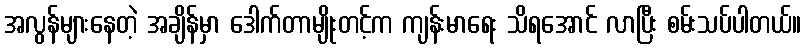
အလွန်များနေတဲ့ အချိန်မှာ ဒေါက်တာမျိုးတင့်က ကျန်းမာရေး သိရအောင် လာပြီး စမ်းသပ်ပါတယ်။